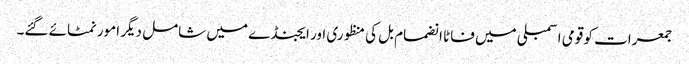
جمعرات کو قومی اسمبلی میں فاٹا انضمام بل کی منظوری اور ایجنڈے میں شامل دیگر امور نمٹائے گئے۔